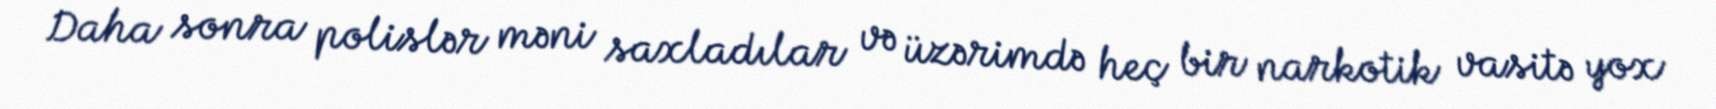
Daha sonra polislər məni saxladılar və üzərimdə heç bir narkotik vasitə yox